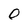
Character: O